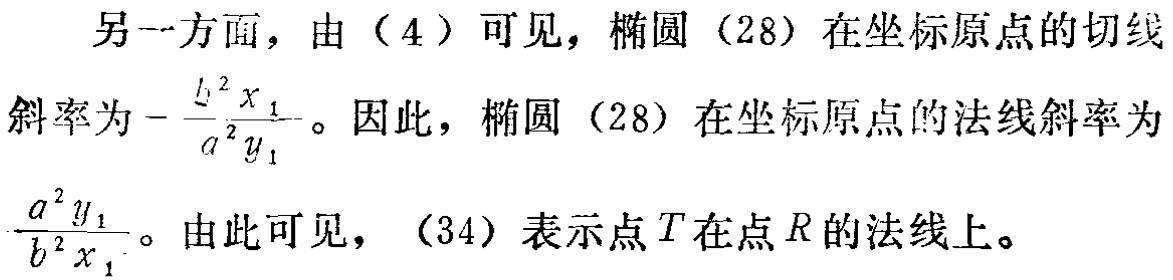
另一方面，由（4）可见，椭圆（28）在坐标原点的切线
斜率为\(-\frac{b^{2}x_{1}}{a^{2}y_{1}}\)。因此，椭圆（28）在坐标原点的法线斜率为
\(\frac{a^{2}y_{1}}{b^{2}x_{1}}\)。由此可见，（34）表示点\(T\)在点\(R\)的法线上。